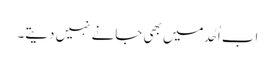
اب اُحُد میں بھی جانے نہیں دیتے۔